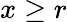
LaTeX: x\geq r